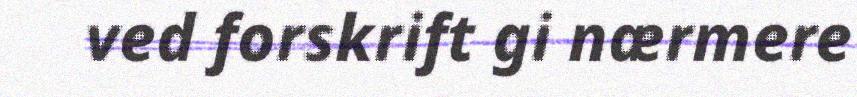
ved forskrift gi nærmere